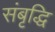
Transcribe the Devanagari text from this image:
संबृद्धि